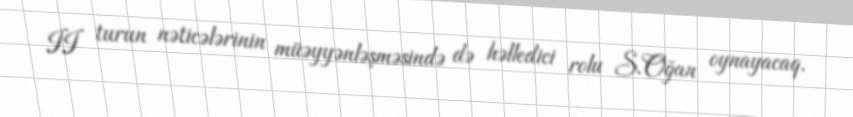
II turun nəticələrinin müəyyənləşməsində də həlledici rolu S.Oğan oynayacaq.